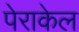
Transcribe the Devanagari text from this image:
पेराकेल